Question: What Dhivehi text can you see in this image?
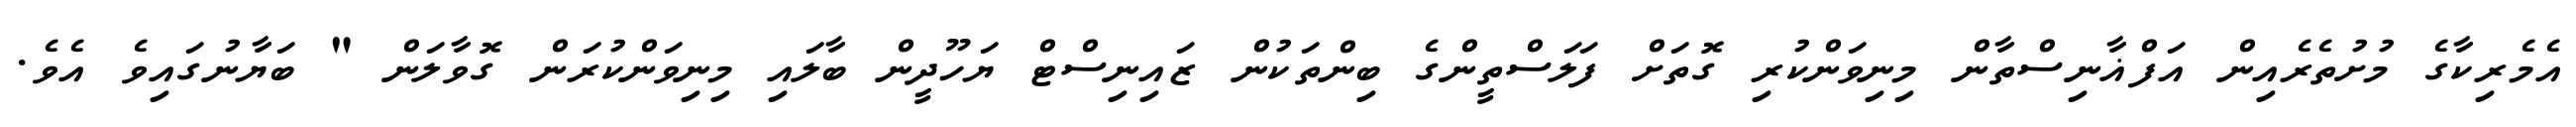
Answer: އެމެރިކާގެ މުށުތެރެއިން އަފްޣާނިސްތާން މިނިވަންކުރި ގޮތަށް ފަލަސްތީންގެ ބިންތަކުން ޒައިނިސްޓް ޔަހޫދީން ބާލައި މިނިވަންކުރަން ގޮވާލަން " ބަޔާނުގައިވެ އެވެ.